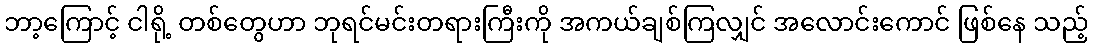
ဘာ့ကြောင့် ငါရို့ တစ်တွေဟာ ဘုရင်မင်းတရားကြီးကို အကယ်ချစ်ကြလျှင် အလောင်းကောင် ဖြစ်နေ သည့်